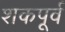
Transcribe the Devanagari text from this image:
शकपूर्व